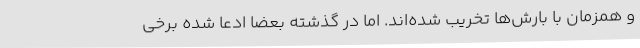
و همزمان با بارش‌ها تخریب شده‌اند. اما در گذشته بعضا ادعا شده برخی